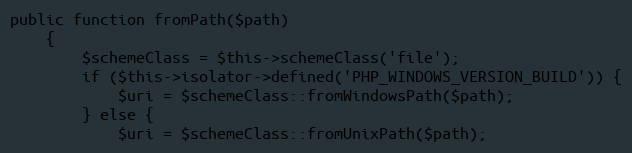
Language: PHP
public function fromPath($path)
    {
        $schemeClass = $this->schemeClass('file');
        if ($this->isolator->defined('PHP_WINDOWS_VERSION_BUILD')) {
            $uri = $schemeClass::fromWindowsPath($path);
        } else {
            $uri = $schemeClass::fromUnixPath($path);